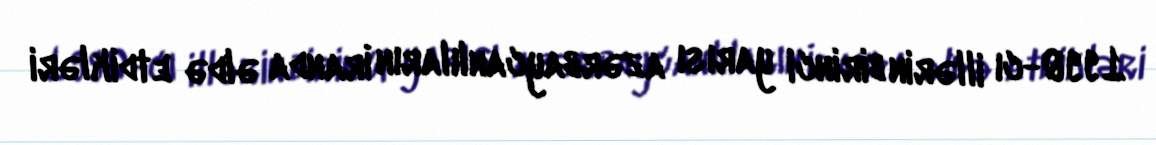
1990-cı illərin birinci yarısı azərbaycanlıların İranda əldə etdikləri